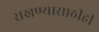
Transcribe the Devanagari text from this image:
राखण्यासाठीही